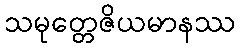
သမုတ္တေဇိယမာနဿ